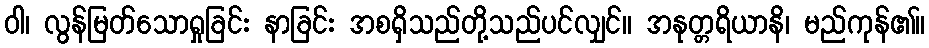
ဝါ၊ လွန်မြတ်သောရှုခြင်း နာခြင်း အစရှိသည်တို့သည်ပင်လျှင်။ အနုတ္တရိယာနိ၊ မည်ကုန်၏။